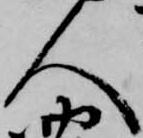
人